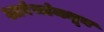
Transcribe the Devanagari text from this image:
आरंभांमधून